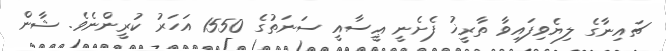
ޗައިނާގެ ލިޔެވިފައިވާ ތާރީޚު ފެށެނީ ޢީސާއީ ސަނަތުގެ 1550 އަހަރު ކުރީންނެވެ. ޝާން